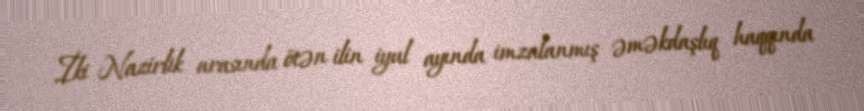
İki Nazirlik arasında ötən ilin iyul ayında imzalanmış əməkdaşlıq haqqında